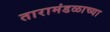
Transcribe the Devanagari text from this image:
तारामंडळाच्या